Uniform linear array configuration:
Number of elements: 64
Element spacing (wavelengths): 1
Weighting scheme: blackman
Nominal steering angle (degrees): -60
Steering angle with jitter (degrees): -60.085
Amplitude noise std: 0.05
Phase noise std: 0.05

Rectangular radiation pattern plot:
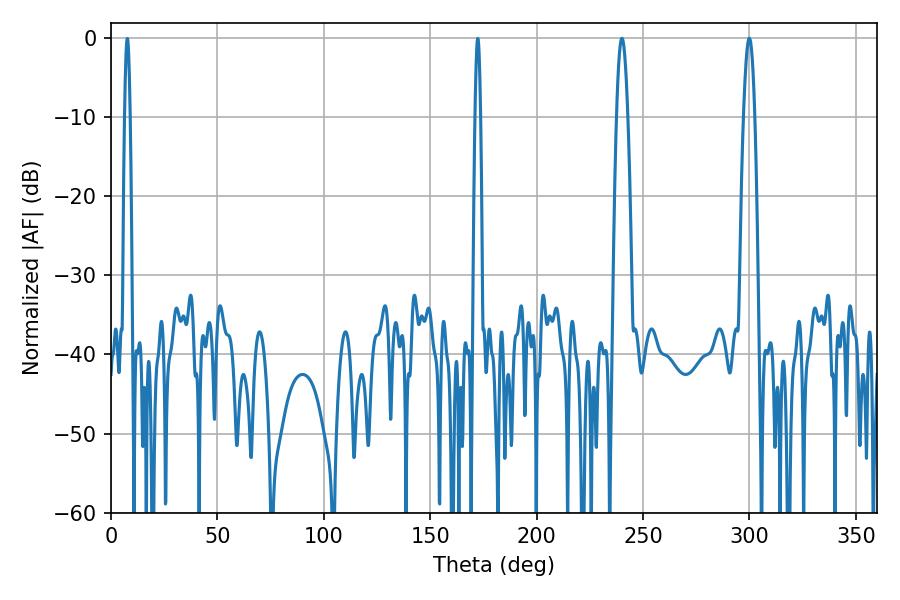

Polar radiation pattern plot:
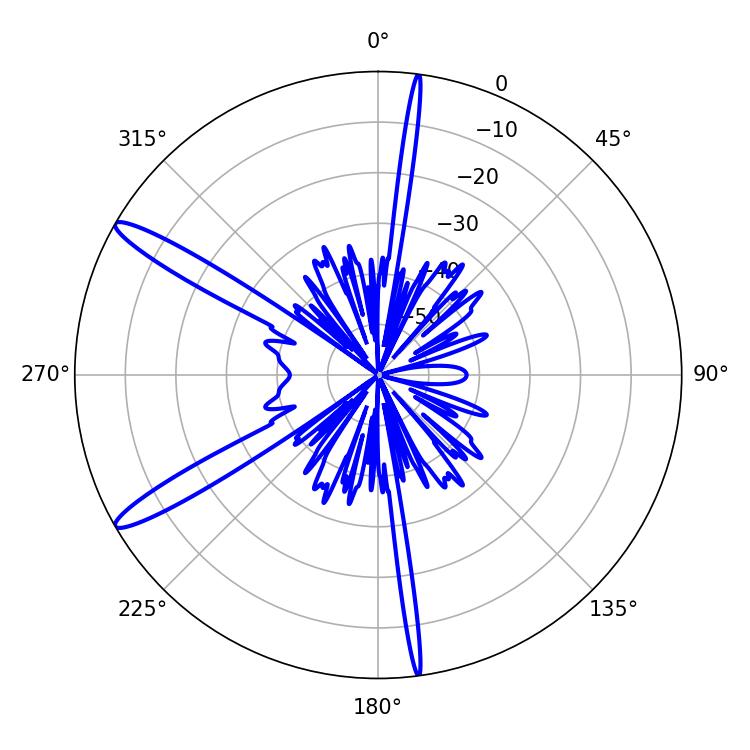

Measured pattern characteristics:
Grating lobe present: TRUE
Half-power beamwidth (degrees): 2.88
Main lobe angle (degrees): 299.88